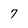
Character: 7